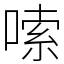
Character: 嗦